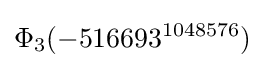
\Phi _{3}(-516693^{1048576})